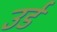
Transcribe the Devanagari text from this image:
उर्ड